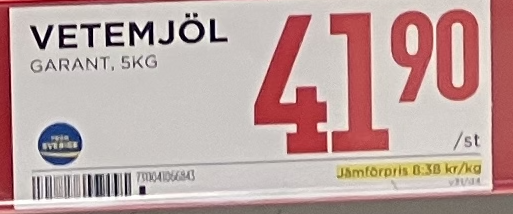
Vara: Vetemjöl
Genomsnittspris: 8.38 per kg